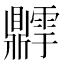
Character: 𬹫